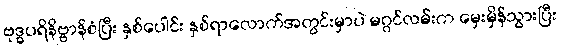
ဗုဒ္ဓပရိနိဗ္ဗာန်စံပြီး နှစ်ပေါင်း နှစ်ရာလောက်အတွင်းမှာပဲ မဂ္ဂင်လမ်းက မှေးမှိန်သွားပြီး